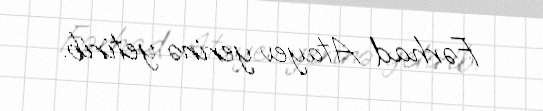
Fərhad Atayev yerinə yetirib.